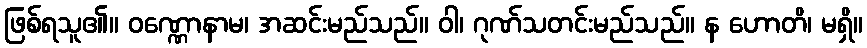
ဖြစ်ရသူ၏။ ဝဏ္ဏောနာမ၊ အဆင်းမည်သည်။ ဝါ၊ ဂုဏ်သတင်းမည်သည်။ န ဟောတိ၊ မရှိ။